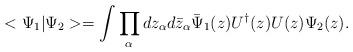
LaTeX: \begin{align*}<\Psi_1 |\Psi_2> = \int \prod_\alpha dz_\alpha d\bar z_\alpha \bar\Psi_1(z) U^\dagger (z) U(z) \Psi_2 (z).\end{align*}